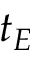
t _ { E }